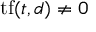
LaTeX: \mathrm { t f } ( t , d ) \neq 0